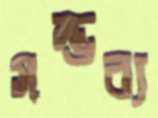
সম্ভব্য